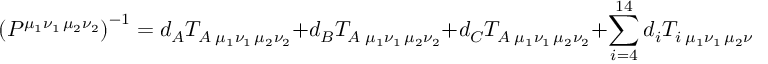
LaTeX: \left( P ^ { \mu _ { 1 } \nu _ { 1 } \, \mu _ { 2 } \nu _ { 2 } } \right) ^ { - 1 } = d _ { A } { \cal T } _ { A \; { \mu _ { 1 } \nu _ { 1 } \, \mu _ { 2 } \nu _ { 2 } } } + d _ { B } { \cal T } _ { A \; { \mu _ { 1 } \nu _ { 1 } \, \mu _ { 2 } \nu _ { 2 } } } + d _ { C } { \cal T } _ { A \; { \mu _ { 1 } \nu _ { 1 } \, \mu _ { 2 } \nu _ { 2 } } } + \sum _ { i = 4 } ^ { 1 4 } d _ { i } T _ { i \; { \mu _ { 1 } \nu _ { 1 } \, \mu _ { 2 } \nu _ { 2 } } }